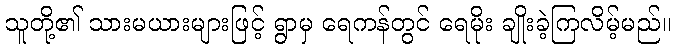
သူတို့၏ သားမယားများဖြင့် ရွာမှ ရေကန်တွင် ရေမိုး ချိုးခဲ့ကြလိမ့်မည်။